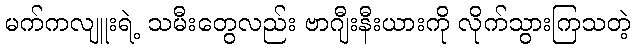
မက်ကလျူးရဲ့ သမီးတွေလည်း ဗာဂျီးနီးယားကို လိုက်သွားကြသတဲ့